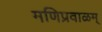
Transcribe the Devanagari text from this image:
मणिप्रवाळम्